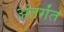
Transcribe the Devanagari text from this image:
अंतर्गंत